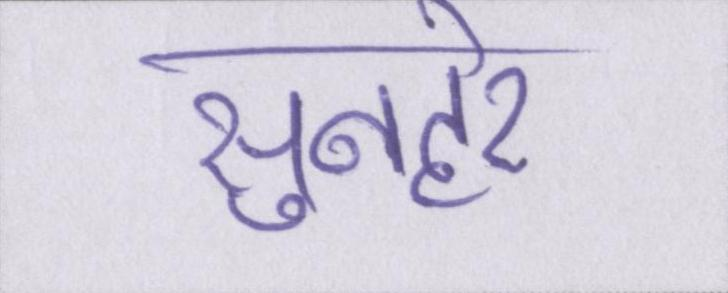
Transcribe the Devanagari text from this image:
सुनहरे